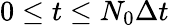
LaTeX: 0\leq t\leq N_{0}\Delta t